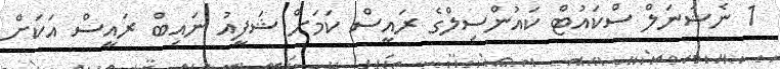
1 ނެޝަނަލް ސްކައުޓް ކައުންސިލްގެ ރައީސް ކަމަށް ޝަފީއު ނައިބް ރައީސް އަކަށް